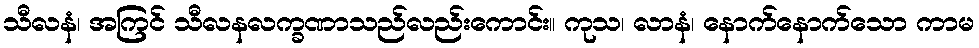
သီလနံ၊ အကြင် သီလနလက္ခဏာသည်လည်းကောင်း။ ကုသ၊ လာနံ၊ နောက်နောက်သော ကာမ